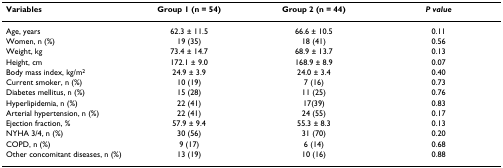
<table><thead><tr><td><b>Variables</b></td><td><b>Group 1 (n = 54)</b></td><td><b>Group 2 (n = 44)</b></td><td><b><i>P value</i></b></td></tr></thead><tbody><tr><td>Age, years</td><td>62.3 ± 11.5</td><td>66.6 ± 10.5</td><td>0.11</td></tr><tr><td>Women, n (%)</td><td>19 (35)</td><td>18 (41)</td><td>0.56</td></tr><tr><td>Weight, kg</td><td>73.4 ± 14.7</td><td>68.9 ± 13.7</td><td>0.13</td></tr><tr><td>Height, cm</td><td>172.1 ± 9.0</td><td>168.9 ± 8.9</td><td>0.07</td></tr><tr><td>Body mass index, kg/m<sup>2</sup></td><td>24.9 ± 3.9</td><td>24.0 ± 3.4</td><td>0.40</td></tr><tr><td>Current smoker, n (%)</td><td>10 (19)</td><td>7 (16)</td><td>0.73</td></tr><tr><td>Diabetes mellitus, n (%)</td><td>15 (28)</td><td>11 (25)</td><td>0.76</td></tr><tr><td>Hyperlipidemia, n (%)</td><td>22 (41)</td><td>17(39)</td><td>0.83</td></tr><tr><td>Arterial hypertension, n (%)</td><td>22 (41)</td><td>24 (55)</td><td>0.17</td></tr><tr><td>Ejection fraction, %</td><td>57.9 ± 9.4</td><td>55.3 ± 8.3</td><td>0.13</td></tr><tr><td>NYHA 3/4, n (%)</td><td>30 (56)</td><td>31 (70)</td><td>0.20</td></tr><tr><td>COPD, n (%)</td><td>9 (17)</td><td>6 (14)</td><td>0.68</td></tr><tr><td>Other concomitant diseases, n (%)</td><td>13 (19)</td><td>10 (16)</td><td>0.88</td></tr></tbody></table>